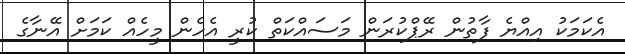
އެކަމަކު އިއްޔެ ފާތުން ރޭޕްކުރަން މަސައްކަތް ކުރީ އެހެން މީހެއް ކަމަށް އޭނާގެ